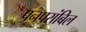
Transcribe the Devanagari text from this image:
पनपरांबिल